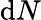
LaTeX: \mathrm{d}N